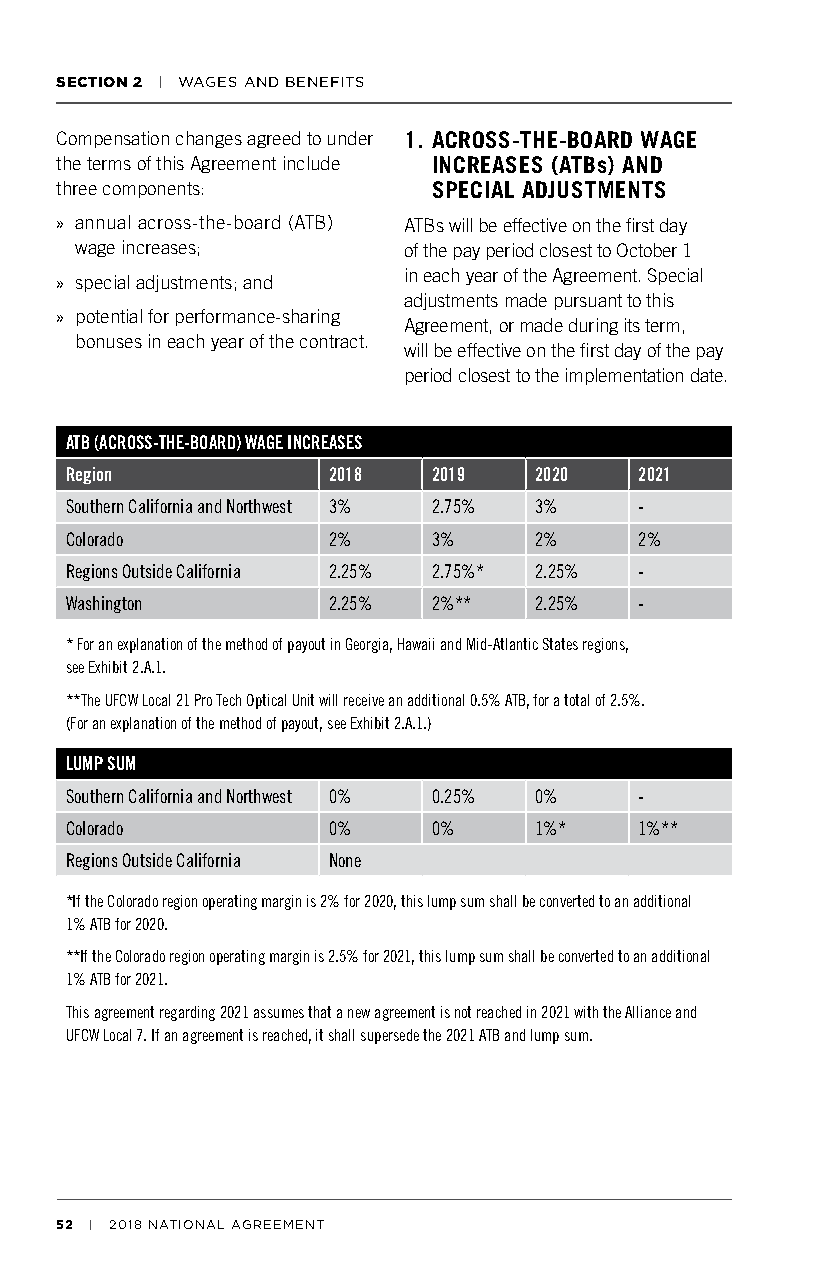
SECTION 2 | WAGES AND BENEFITS
 Compensation changes agreed to under 1. ACROSS-THE-BOARD WAGE
 the terms of this Agreement include INCREASES (ATBs) AND
 three components:        SPECIAL ADJUSTMENTS
 » annual across-the-board (ATB) ATBs will be effective on the first day
 wage increases;       of the pay period closest to October 1
 in each year of the Agreement. Special
 » special adjustments; and
 adjustments made pursuant to this
 » potential for performance-sharing
 Agreement, or made during its term,
 bonuses in each year of the contract.
 will be effective on the first day of the pay
 period closest to the implementation date.
 ATB (ACROSS-THE-BOARD) WAGE INCREASES
 Region            2018   2019  2020   2021
 Southern California and Northwest 3% 2.75% 3% -
 Colorado          2%     3%    2%     2%
 Regions Outside California 2.25% 2.75%* 2.25% -
 Washington        2.25%  2%**  2.25%  -
 * For an explanation of the method of payout in Georgia, Hawaii and Mid-Atlantic States regions,
 see Exhibit 2.A.1.
 **The UFCW Local 21 Pro Tech Optical Unit will receive an additional 0.5% ATB, for a total of 2.5%.
 (For an explanation of the method of payout, see Exhibit 2.A.1.)
 LUMP SUM
 Southern California and Northwest 0% 0.25% 0% -
 Colorado          0%     0%    1%*    1%**
 Regions Outside California None
 *If the Colorado region operating margin is 2% for 2020, this lump sum shall be converted to an additional
 1% ATB for 2020.
 **If the Colorado region operating margin is 2.5% for 2021, this lump sum shall be converted to an additional
 1% ATB for 2021.
 This agreement regarding 2021 assumes that a new agreement is not reached in 2021 with the Alliance and
 UFCW Local 7. If an agreement is reached, it shall supersede the 2021 ATB and lump sum.
 52 | 2018 NATIONAL AGREEMENT